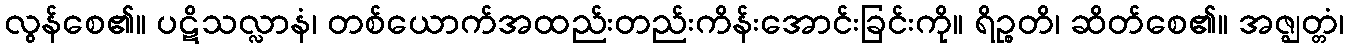
လွန်စေ၏။ ပဋိသလ္လာနံ၊ တစ်ယောက်အထည်းတည်းကိန်းအောင်းခြင်းကို။ ရိဉ္စတိ၊ ဆိတ်စေ၏။ အဇ္ဈတ္တံ၊